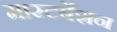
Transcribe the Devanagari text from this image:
मास्टर्बेशन